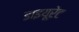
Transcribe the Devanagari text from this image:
डाइयूरेट